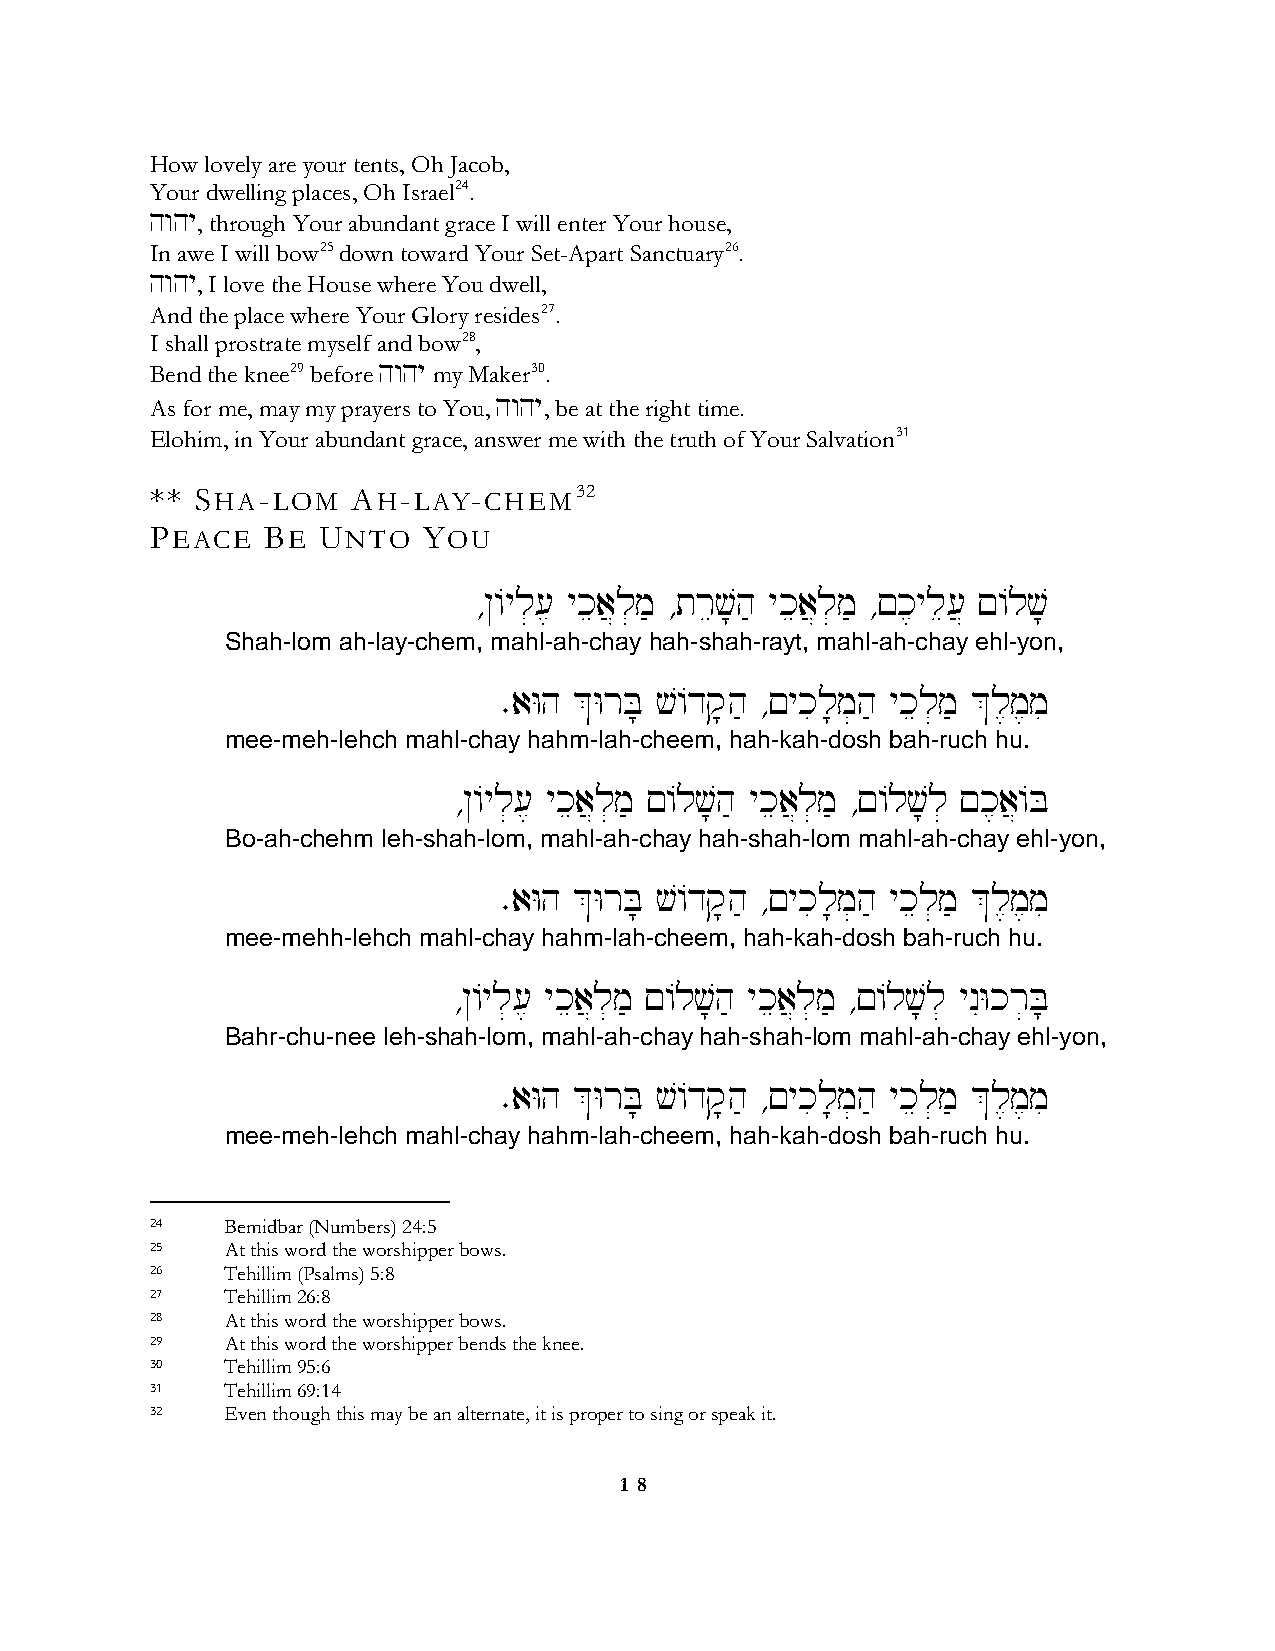
How lovely are your tents, Oh Jacob,
 Your dwelling places, Oh Israel24.
 hwhy, through Your abundant grace I will enter Your house,
 In awe I will bow25 down toward Your Set-Apart Sanctuary26.
 hwhy, I love the House where You dwell,
 And the place where Your Glory resides27.
 I shall prostrate myself and bow28,
 Bend the knee29 before hwhy my Maker30.
 As for me, may my prayers to You, hwhy, be at the right time.
 Elohim, in Your abundant grace, answer me with the truth of Your Salvation31
 ** SHA-LOM   AH-LAY-CHEM32
 PEACE   BE UNTO   YOU
 ∆@/yl][, ykea}l]m' ∆trev;h' ykea}l]m' ∆!k,yle[} !/lv;
 Shah-lom ah-lay-chem, mahl-ah-chay hah-shah-rayt, mahl-ah-chay ehl-yon,
 ∑aWh &WrB; v/dq;h' ∆!ykil;m]h' ykel]m' &l,m,mi
 mee-meh-lehch mahl-chay hahm-lah-cheem, hah-kah-dosh bah-ruch hu.
 ∆@/yl][, ykea}l]m' !/lv;h' ykea}l]m' ∆!/lv;l] !k,a}/B
 Bo-ah-chehm leh-shah-lom, mahl-ah-chay hah-shah-lom mahl-ah-chay ehl-yon,
 ∑aWh &WrB; v/dq;h' ∆!ykil;m]h' ykel]m' &l,m,mi
 mee-mehh-lehch mahl-chay hahm-lah-cheem, hah-kah-dosh bah-ruch hu.
 ∆@/yl][, ykea}l]m' !/lv;h' ykea}l]m' ∆!/lv;l] ynIWkr]B;
 Bahr-chu-nee leh-shah-lom, mahl-ah-chay hah-shah-lom mahl-ah-chay ehl-yon,
 ∑aWh &WrB; v/dq;h' ∆!ykil;m]h' ykel]m' &l,m,mi
 mee-meh-lehch mahl-chay hahm-lah-cheem, hah-kah-dosh bah-ruch hu.
 24   Bemidbar (Numbers) 24:5
 25   At this word the worshipper bows.
 26   Tehillim (Psalms) 5:8
 27   Tehillim 26:8
 28   At this word the worshipper bows.
 29   At this word the worshipper bends the knee.
 30   Tehillim 95:6
 31   Tehillim 69:14
 32   Even though this may be an alternate, it is proper to sing or speak it.
 1 8